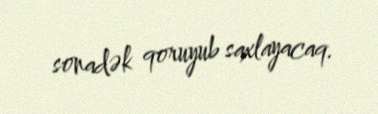
sonadək qoruyub saxlayacaq.